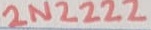
Text: 2N2222